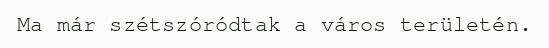
Ma már szétszóródtak a város területén.